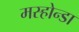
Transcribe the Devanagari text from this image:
मस्होन्डा